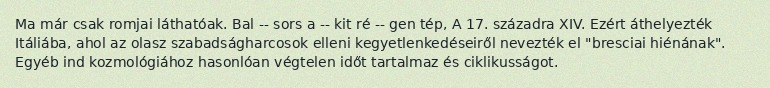
Ma már csak romjai láthatóak. Bal -- sors a -- kit ré -- gen tép, A 17. századra XIV. Ezért áthelyezték Itáliába, ahol az olasz szabadságharcosok elleni kegyetlenkedéseiről nevezték el "bresciai hiénának". Egyéb ind kozmológiához hasonlóan végtelen időt tartalmaz és ciklikusságot.